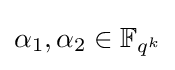
\alpha _{1},\alpha _{2}\in \mathbb {F} _{q^{k}}